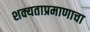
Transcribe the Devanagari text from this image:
शक्यताप्रमाणाचा